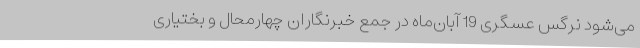
می‌شود نرگس عسگری 19 آبان‌ماه در جمع خبرنگاران چهارمحال و بختیاری